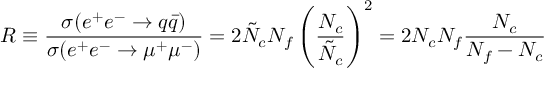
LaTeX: R \equiv \frac { \sigma ( e ^ { + } e ^ { - } \rightarrow q \bar { q } ) } { \sigma ( e ^ { + } e ^ { - } \rightarrow \mu ^ { + } \mu ^ { - } ) } = 2 \tilde { N } _ { c } N _ { f } \left( \frac { N _ { c } } { \tilde { N } _ { c } } \right) ^ { 2 } = 2 N _ { c } N _ { f } \frac { N _ { c } } { N _ { f } - N _ { c } }